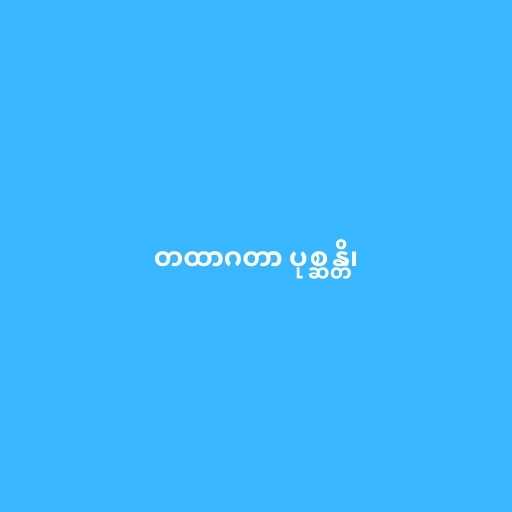
တထာဂတာ ပုစ္ဆန္တိ၊